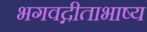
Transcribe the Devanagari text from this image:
भगवद्गीताभाष्य